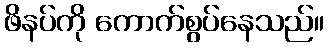
ဖိနပ်ကို ကောက်စွပ်နေသည်။